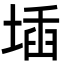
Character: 𡍪